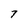
Character: 7